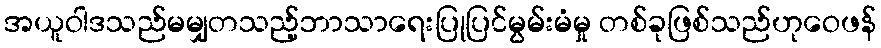
အယူဝါဒသည်မမျှတသည့်ဘာသာရေးပြုပြင်မွမ်းမံမှု တစ်ခုဖြစ်သည်ဟုဝေဖန်